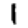
Digit: 1